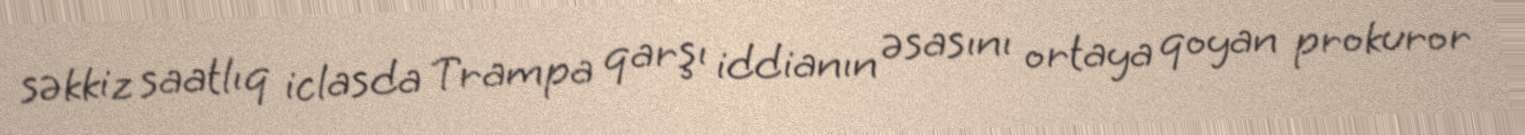
səkkiz saatlıq iclasda Trampa qarşı iddianın əsasını ortaya qoyan prokuror